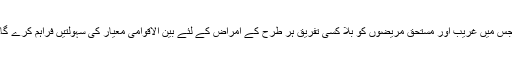
جس میں غریب اور مستحق مریضوں کو بلا کسی تفریق ہر طرح کے امراض کے لئے بین الاقوامی معیار کی سہولتیں فراہم کرے گا۔